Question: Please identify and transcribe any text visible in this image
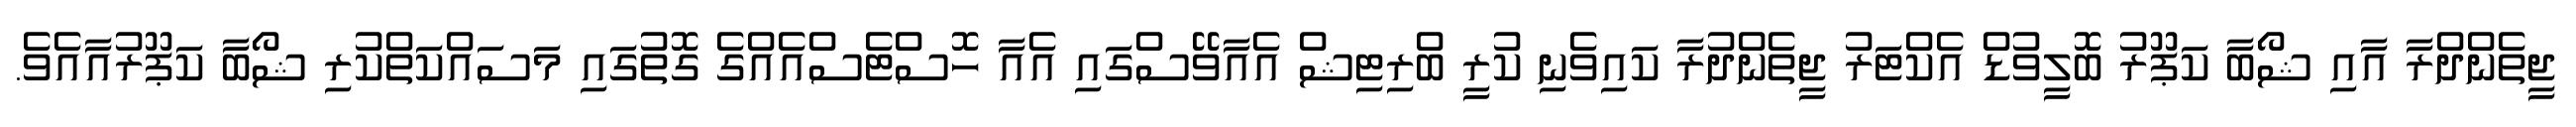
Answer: ޖީތެންދްރާ އާއި ޝޯބާ ކަޕޫރު ބޮލީވުޑް އެކްޓަރު ޖީތެންދުރާ ކައިވެނި ކުރީ ބްރިޓިޝް އެއާވޭސްގައި އެއާ ހޮސްޓެސްއެއްގެ ގޮތުގައި މަސައްކަތްކުރި ޝޯބާ ކަޕޫރުއާއެވެ.